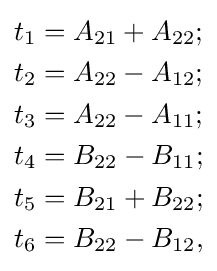
{\begin{aligned}t_{1}&=A_{21}+A_{22};\\t_{2}&=A_{22}-A_{12};\\t_{3}&=A_{22}-A_{11};\\t_{4}&=B_{22}-B_{11};\\t_{5}&=B_{21}+B_{22};\\t_{6}&=B_{22}-B_{12},\end{aligned}}